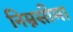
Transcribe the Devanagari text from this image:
निम्नसीमा